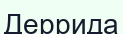
Деррида